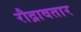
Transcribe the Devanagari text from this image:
रौद्रावतार